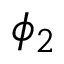
\phi _ { 2 }